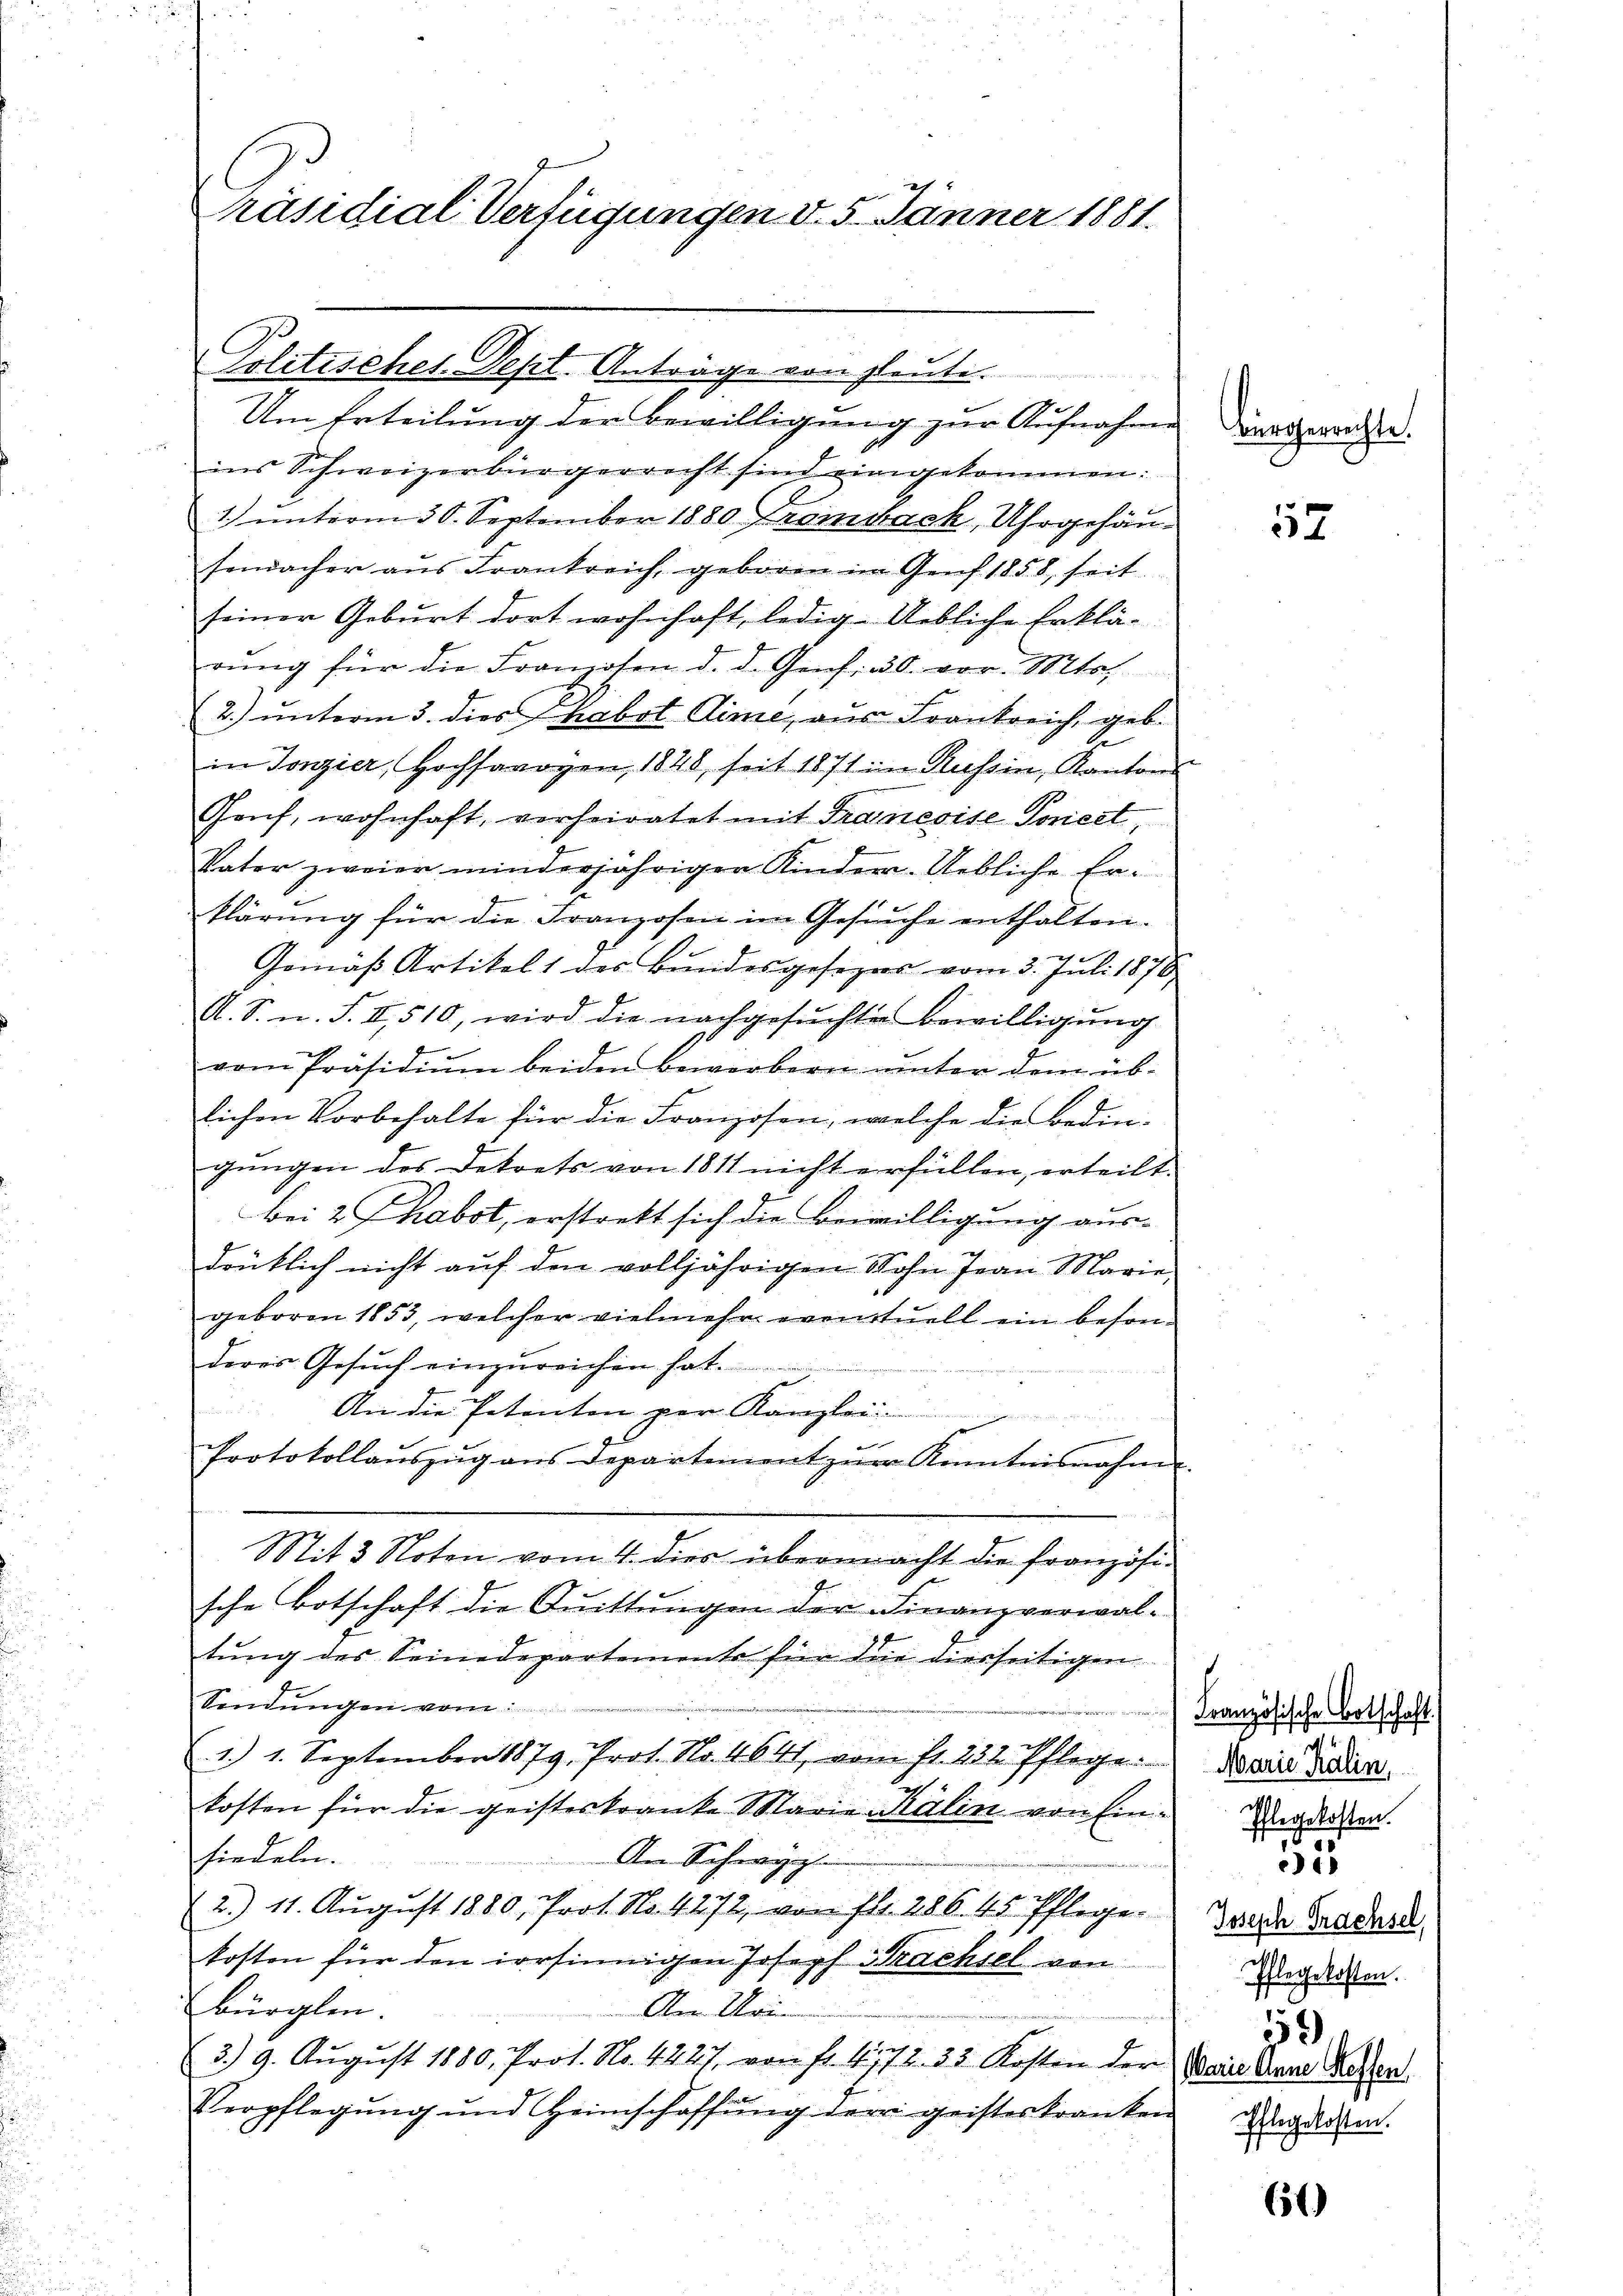
räsidial-Verfügungen d. 5. Jänner 1881.

Politisches-Dept. Antrage von gleute.
Um Erteilung der Bewilligung zur Aufnahme

ins Schweizerbürgerrecht sind eingekommen:
1.) unterm 30. September 1880 Fromsack, Uhrgehänsendacher aus Frankreich, geboren im Genf 1858, seit
seiner Geburt dort wohnhaft, ledig. Uebliche Erklärŭng für die Franzosen d. d. Genf. 30. vor. Mts.
2.) ŭnterm 3. dies Phabot Kime, aus Frankreich, geb.
in Tonzier, Hochsarogen, 1848, seit 1871 in Russin, Kanton
Gruf, wohnhaft, verheiratet mit Francoise Poriest
Vater zweier minderjährigen Kinder-Uebliche Erklärung für die Franzosen im Gesuche enthalten.
Gemäß Artikel 1 des Bundesgesezes vom 3. Juli 1870
A. S. u. S. II, 510, wird die nachgesuchter Bewilligung
vom Präsidiŭm beiden Bewerbern unter dem üb-
lichen Vorbehalte für die Franzosen, welche die Bedin-
gŭngen des Dekrets von 1811 nicht erfüllen, erteilt.
Bei 2 Thabot, erstrekt sich die Bewilligung aus-
drüklich nicht auf den volljährigen Wohn Jean Marie,
geboren 1853, welcher vielmehr eventuell ein beson-
deres Gesuch einzureichen hat.

An die Petenten per Kanzlei
Protokollaŭszŭg ans Departement zŭm Kenntnisnahm
Mit 3 Noten vom 4. dies übermacht die französi-
sche Botschaft die Quittungen der Finanzverwal-
tung des Seinedepartemente für die diesseitigen
Sendungen vom

1.) 1. September 1879. Prot. No. 4641, vom st. 232. Pflege.
kosten für die geisteskranke Marie Kälin von Einsiedeln.
Am Sachevergl
2.) 11. Aŭgŭst 1880, Prot. No. 4272, von fl. 286. 45. Pflege
kosten für den irrsinnigen Joseph Brachsel von
Bürglen.
Am Uri
3.) 9. Aŭgust 1880, Prot. No. 4227, von fr. 41772. 33. Kosten der
Verpflegung und Heimschaffung der geisteskranken

Bürgerrechte.

52

t

656

Französische Botschaft
Marie Kälin
.
Pflegekosten.
e

Joseph Trachsel,
Pflegekosten.
152)
Varie Anne Heffen
Pflegekosten.